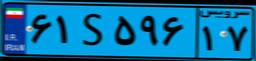
۶۱S۵۹۶۱۷